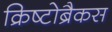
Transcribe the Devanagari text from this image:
क्रिष्टोब्रैकस